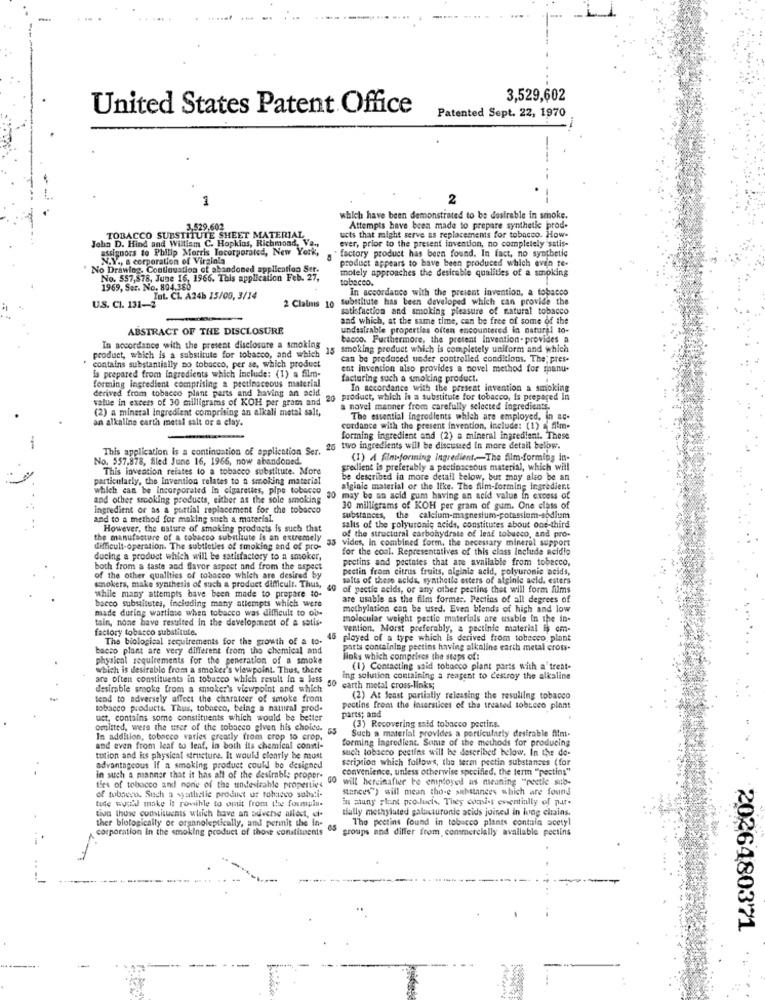
3,529,602
United States Patent Office
Patented Sept. 22, 1970
1
2
which have been demonstrated to be desirable in smoke.
TOBACCO SUBSTITUTE SHEET MATERIAL
3,529,602
Attempts have been made to prepare synthetic prod-
John D. Hind and William C. Hopkins, Richmond, V
ucts that might serve as replacements for tobacco. How-
assignors to Philip Morris Tocorporated, New York,
factory product has been found. In fact, no synthetic
ever, prior to the present invention, no completely satis-
N.Y ., a corporation of Virginia
product appears to have been produced which even te-
No Drawing. Continuation of abandoned application Str.
motely approaches the desirable qualities of a smoking
No. 557,878, June 16, 1966. This application Feb. 27,
tobacco.
1969, Ser. No. 804.380
In accordance with the present invention, a tobacco
U.S. CI. 131-2
Tot. Cl. A24b 15/00, 3/14
substitute has been developed which can provide the
2 Claims 10
satisfaction and smoking pleasure of natural tobacco
and which, at the same time, can be free of some of the
ABSTRACT OF THE DISCLOSURE
undesirable properties often encountered in nature! to-
Furthermore, the pretent Invention- provides a
In accordance with the present disclosure a smoking
smoking product which is completely uniform and which
product, which is a substitute for tobacco, and which
can be produced under controlled conditions. The' pres-
contains substantially no tobacco, per se, which product
ent invention also provides a novel method for manu-
is prepared from Ingredients which include: (1) a film-
forming ingredient comprising a pectinaceous material
facturing such a smoking product.
derived from tobacco plant parts and having an acid
In accordance with the present invention a smoking
value in excess of 30 milligrams of KOH per gram and
20 product, which is a substitute for tobacco, is prepared In
(2) a mineral ingredient comprising an alkali metal salt,
a novel manner from carefully selected Ingredients.
an alkaline carth metal salt or a clay.
The essential ingredients which are employed, in ac-
cordance with the present invention, include: (1) a film-
forming ingredient and (2) a mineral ingredient. These
This application is a continuation of application Ser. "
25 two ingredients will be discussed in more detail below.
No. 557.878, filed June 16, 1966, now abandoned.
(I) A film-forming ingredient.The film-forming in-
This invention relates to a tobacco substitute. More
greclient is preferably a pectinscsous material, which will
particularly, the Invention relates to a smoking material
be described in more detail below, but may also be an
which can be Incorporated In cigarettes, pipe tobacco
alginle material or the like. The film-forming ingredient
and other srooking products, either as the sole smoking
30 may be an acid gum having an acid value in excess of
ingredient or as a partial replacement for the tobacco
30 milligrams of KOH per gram of gum. One class of
and to a method for making such a material.
substances, the calcium-magnesium-potassium-sodium
However, the nature of smoking products is such that
of the structural carbohydrate of leaf tobacco, and pro-
salts of the polyuronie acids, constitutes about one-third
the manufacture of a cobacco substitute is an extremely
vides, In combined form, the necessary mineral support
difficult-operation. The subtloties of smoking and of pro-
for the cool. Representatives of this class include acidle
ducing a product which will be satisfactory to a smoker,
pectins and pectates that are available from tobecco,
both from a taste and flavor aspect and from the aspect
pectin from citrus fruits, alginie acid, polyuronic acids,
of the other qualities of tobacco which are desired by
salts of these acids, synthetle esters of alginic acid. esters
smokers, make synthesis of such a product difficult. Thus,
while many attempts have been made to prepare to-
40
of pestic acids, or any other pecting thet will form films
are usable as the film former. Pectins of all degrees of
bacco substitutes, including many attempts which were
made during wartiate when tobacco was difficult to ob-
methylation can be used. Even blends of high and low
tain, none have resulted in the development of a satis-
molecular weight pestic materials are usable in the in.
factory tobacco substitute.
vention. Morst preferably, a pectinic material is cm-
The biological requirements for the growth of a to-
45
ployed of a type which Is derived from tobecco plant
bacco plant are very different from the chemical and
parts containing pectins having alkaline earth metal cross-
physical requirements for the peneration of a smoke
Noks which comprises the steps of:
which is desirable from a smoker's viewpoint. Thus, there
(1) Contacting said tobacco plant parts with a trent-
are often constituents in tobacco which result in a less
50
ing solution containing a reagent to destroy the alkaline
desirable smoke from a smoker's viewpoint and which
earth metal cross-links;
tend to adversely affect the charatcer of smoke fromt
(2) At Sonst partially releasing the resulling tobacco
tobacco products. Thus, tobacco, belag a natural prod-
pectins from the inserslices of tha treated tobreco plant
parts; and
uct, contains some constituents which would be better
omitted, were the urer of the tobacco given his choice.
55
(3) Recovering said tobacco pectins.
Such a material provides a particularly desirable film-
In addition, tobacco varies greatly from crop to crop.
forming ingredient. Some of the methods for producing
and even from leaf co leaf, in both fla chemical consti-
such tobacco pectins will be described below. In the do-
tution and its physical structure. it would clearly be must
seriation which follows, the term pectin substances ( for
advantageous if a smoking product could be designed
convenience, unless otherwise specified, the term "pectins"
in such a manner that it has all of the desirable proper-
00 will hereinafwe be employed as meaning "pestle sub-
ties of tobacco and none of the undesirable properties
stances") will mean tho-e substances which are found
of tobacco. Such a sjutleslie product of tobacco substi-
tute wyW make it rovihle to omit from the formula-
in many plant prodlucis, They comist essentially of pur-
tiva those constituents which have an adverse allest, di.
tially methylated galacturonic acids joined in lung clains.
ther biologically of organoleptically, and permit the in-
The pectins found in tobacco plants contain acetyl
corporation in the smoking product of those constituents
groups and differ from, commercially available pectins
2026480371
........